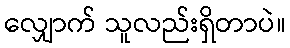
လျှောက် သူလည်းရှိတာပဲ။